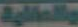
والمالية